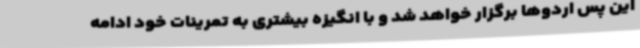
این پس اردوها برگزار خواهد شد و با انگیزه بیشتری به تمرینات خود ادامه